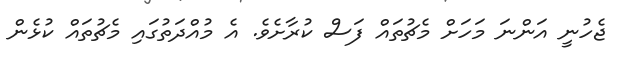
ޖެހުނީ އަންނަ މަހަށް މެޗުތައް ފަސް ކުރާށެވެ. އެ މުއްދަތުގައި މެޗުތައް ކުޅެން